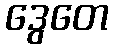
ဒွေတေ